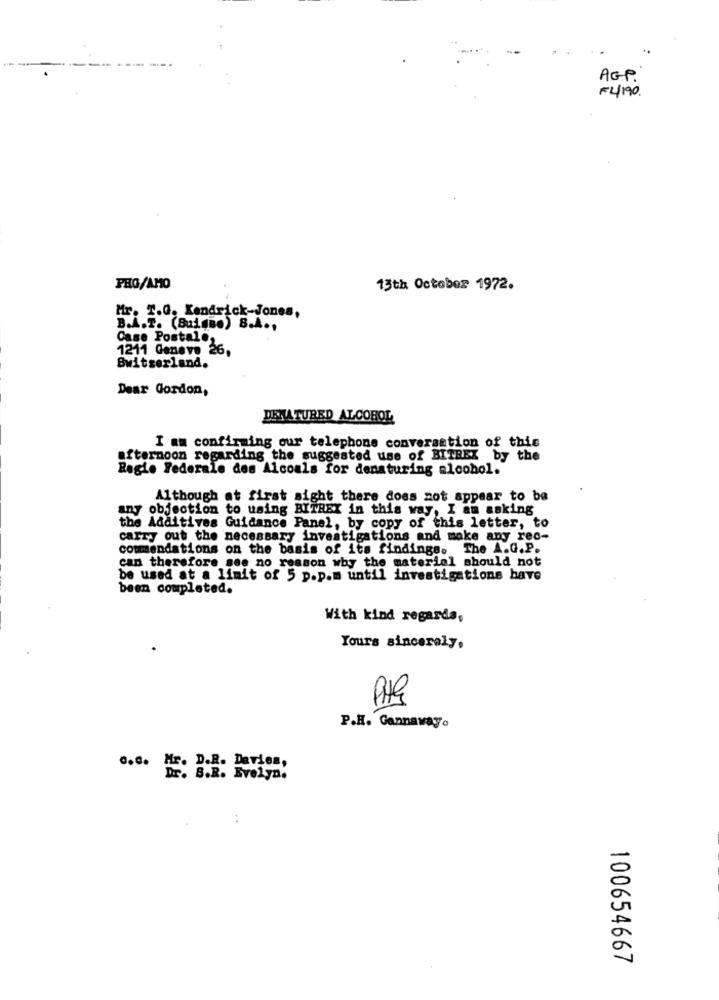
AGP.
F4/190.
PHO/AMO
13th October 1972.
Mr. T.O. Kendrick-Jones,
B.A.T. (BuisBe) B.A .,
Case Postale,
1211 Geneve 26,
Switzerland.
Dear Gordon,
DENATURED ALCOHOL
I am confirming our telephone conversation of this
afternoon regarding the suggested use of BITREX by the
Regie Federale des Alcoals for denaturing alcohol.
Although at first sight there does not appear to be
any objection to using BITREX in this way, I am making
the Additives Guidance Panel, by copy of this letter, to
carry out the necessary investigations and make any rec-
commendations on the basis of its findings. The A.G.P.
can therefore see no reason why the material should not
be used at a limit of 5 p.p.m until investigations have
been completed.
With kind regards,
Yours sincerely.
P.H. Gannavayo
0.6. Fr. P.R. Davies,
Evelyn!
100654667